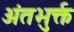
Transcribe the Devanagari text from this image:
अंतभुर्क्त